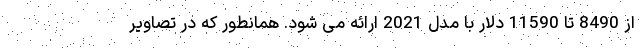
از 8490 تا 11590 دلار با مدل 2021 ارائه می شود. همانطور که در تصاویر